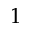
1